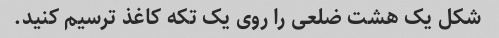
شکل یک هشت ضلعی را روی یک تکه کاغذ ترسیم کنید.